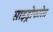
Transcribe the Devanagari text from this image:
साइड्रोफारेस